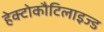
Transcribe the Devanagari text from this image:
हेक्टोकौटिलाइज्ड